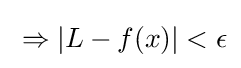
\;\Rightarrow |L-f(x)|<\epsilon